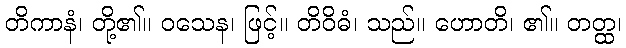
တိကာနံ၊ တို့၏။ ဝသေန၊ ဖြင့်။ တိဝိဓံ၊ သည်။ ဟောတိ၊ ၏။ တတ္ထ၊